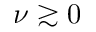
\nu \gtrsim 0